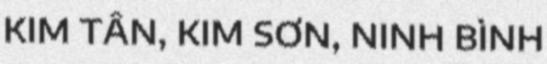
KIM TÂN, KIM SƠN, NINH BÌNH